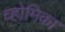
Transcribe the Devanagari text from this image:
व्होमिका